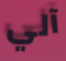
آلي